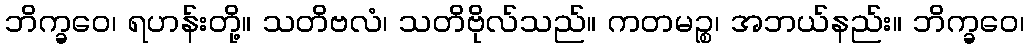
ဘိက္ခဝေ၊ ရဟန်းတို့။ သတိဗလံ၊ သတိဗိုလ်သည်။ ကတမဉ္စ၊ အဘယ်နည်း။ ဘိက္ခဝေ၊